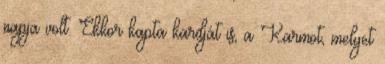
napja volt. Ekkor kapta kardját is, a Karmot, melyet